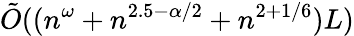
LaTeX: {\tilde{O}}((n^{\omega}+n^{2.5-\alpha/2}+n^{2+1/6})L)